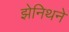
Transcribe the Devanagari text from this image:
झेनिथने